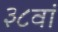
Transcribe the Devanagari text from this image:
३८वां